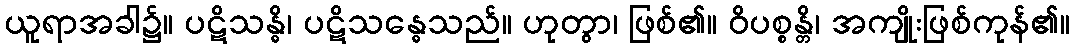
ယူရာအခါ၌။ ပဋိသန္ဓိ၊ ပဋိသန္ဓေသည်။ ဟုတွာ၊ ဖြစ်၏။ ဝိပစ္စန္တိ၊ အကျိုးဖြစ်ကုန်၏။